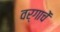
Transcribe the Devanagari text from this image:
वर्गाचें